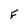
Character: F